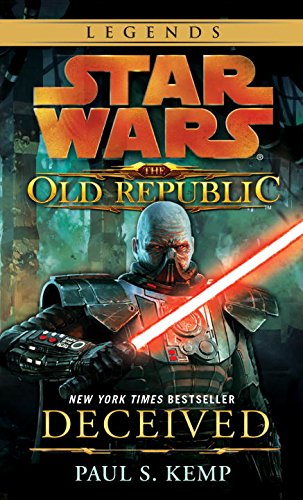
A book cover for Star Wars: The Old Republic - Deceived (Star Wars: The Old Republic - Legends); Paul S. Kemp; Science Fiction & Fantasy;